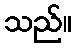
သည်။